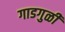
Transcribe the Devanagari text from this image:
गाडगुळी